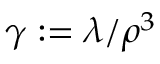
\gamma : = \lambda / \rho ^ { 3 }